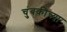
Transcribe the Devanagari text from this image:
चुंबकीच्या